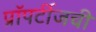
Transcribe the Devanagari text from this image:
प्रॉपर्टीजची